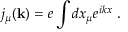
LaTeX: j _ { \mu } ( { \bf k } ) = e \int d x _ { \mu } e ^ { i k x } \; .